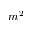
m ^ { 2 }